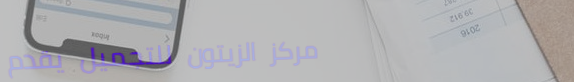
مركز الزيتون للتجميل يقدم